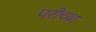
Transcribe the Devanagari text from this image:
परीच्या